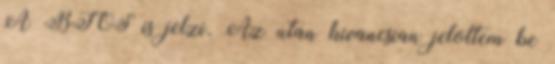
A BIOS is jelzi. Az utan kivancsian jeloltem be